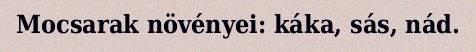
Mocsarak növényei: káka, sás, nád.